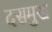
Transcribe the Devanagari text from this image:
दसमुख